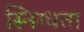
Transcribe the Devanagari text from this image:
स्निग्‍धता